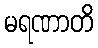
မရဏာတိ